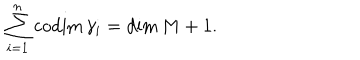
LaTeX: \sum _ { i = 1 } ^ { n } \mathrm { c o d i m } \, \gamma _ { i } = \mathrm { d i m } \, M + 1 .